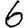
Digit: 6